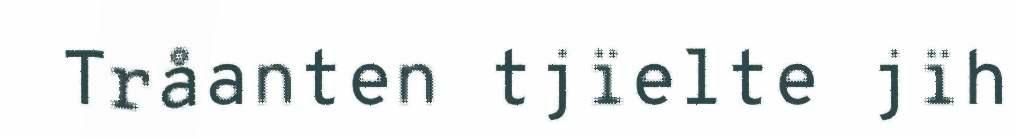
Tråanten tjïelte jïh